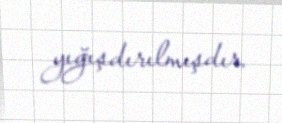
yığışdırılmışdır.